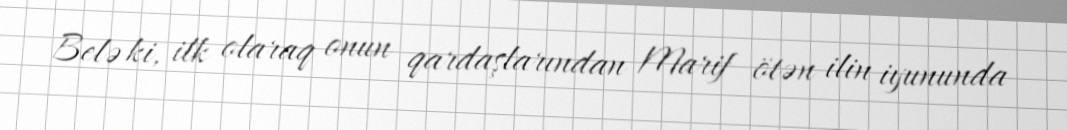
Belə ki, ilk olaraq onun qardaşlarından Marif ötən ilin iyununda